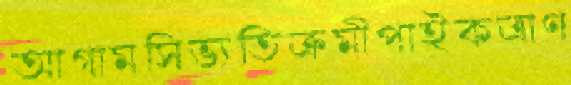
আগামসিভ্যতিক্রমীপাইকত্রাণ